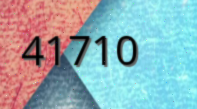
41710